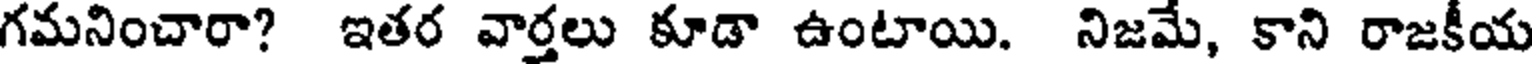
గమనించారా? ఇతర వార్తలు కూడా ఉంటాయి. నిజమే, కాని రాజకీయ